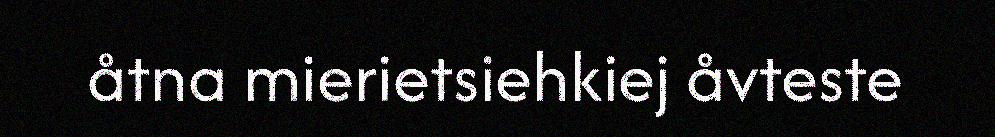
åtna mierietsiehkiej åvteste